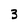
Character: 3